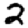
Digit: 2